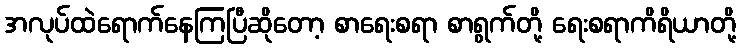
အလုပ်ထဲရောက်နေကြပြီဆိုတော့ စာရေးစရာ စာရွက်တို့ ရေးစရာကိရိယာတို့